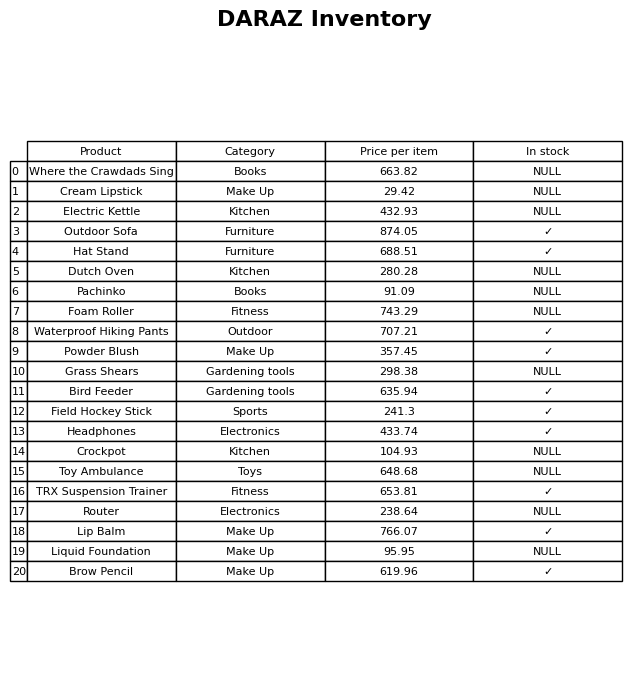
question: What is the price of the Waterproof Hiking Pants?
answer: The price of Waterproof Hiking Pants is 707.21.